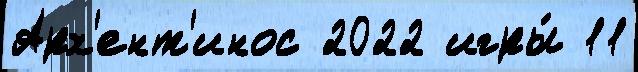
Арх'ент'инос 2022 игры́ 11